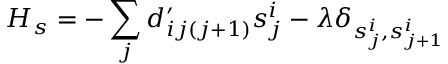
H _ { s } = - \sum _ { j } d _ { i j ( j + 1 ) } ^ { \prime } s _ { j } ^ { i } - \lambda \delta _ { s _ { j } ^ { i } , s _ { j + 1 } ^ { i } }